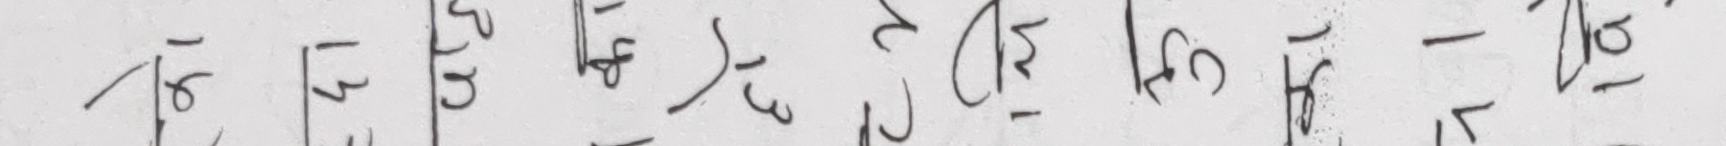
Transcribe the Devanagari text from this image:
१६ १३ ३५ १४ १३ २४ १५ १८ १७ १६